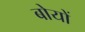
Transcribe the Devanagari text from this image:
बोयों